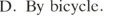
D. By bicyecle.